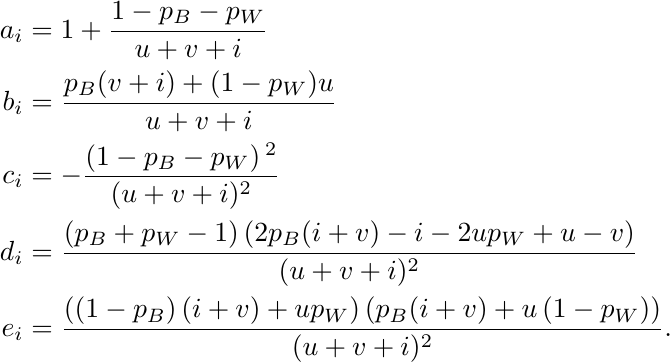
\begin{align*}
    a_i &= 1+\frac{1-p_B - p_W}{u+v+i} \\
    b_i &= \frac{p_B(v+i)+(1-p_W) u}{u+v+i} \\
    c_i &= -\frac{\left(1 -p_B- p_W\right){}^2}{(u+v+i)^2} \\
    d_i &= \frac{\left(p_B+p_W-1\right) \left(2 p_B (i+v)-i-2 u p_W+u-v\right)}{(u+v+i)^2} \\
    e_i &= \frac{\left(\left(1-p_B\right) (i+v)+u p_W\right) \left(p_B (i+v)+u \left(1-p_W\right)\right)}{(u+v+i)^2}.
\end{align*}